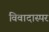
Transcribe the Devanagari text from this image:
विवादास्पर